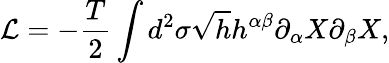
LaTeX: {\cal L}=-\frac{T}{2}\int d^{2}\sigma\sqrt{h}h^{\alpha\beta}\partial_{\alpha}X\partial_{\beta}X,